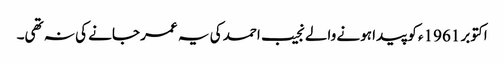
اکتوبر 1961ء کو پیدا ہونے والے نجیب احمد کی یہ عمر جانے کی نہ تھی۔